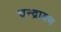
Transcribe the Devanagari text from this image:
चन्द्रायण